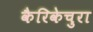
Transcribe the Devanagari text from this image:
कैरिकेचुरा